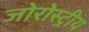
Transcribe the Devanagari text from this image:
जोरोस्ट्रीय